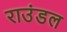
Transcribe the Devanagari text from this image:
राउंडल